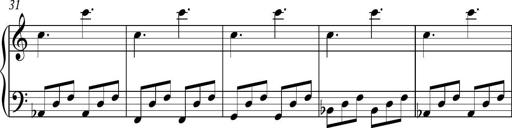
Title: Piano Sonatina in C
Composer: Daniel LÃ©o Simpson
Key: C major